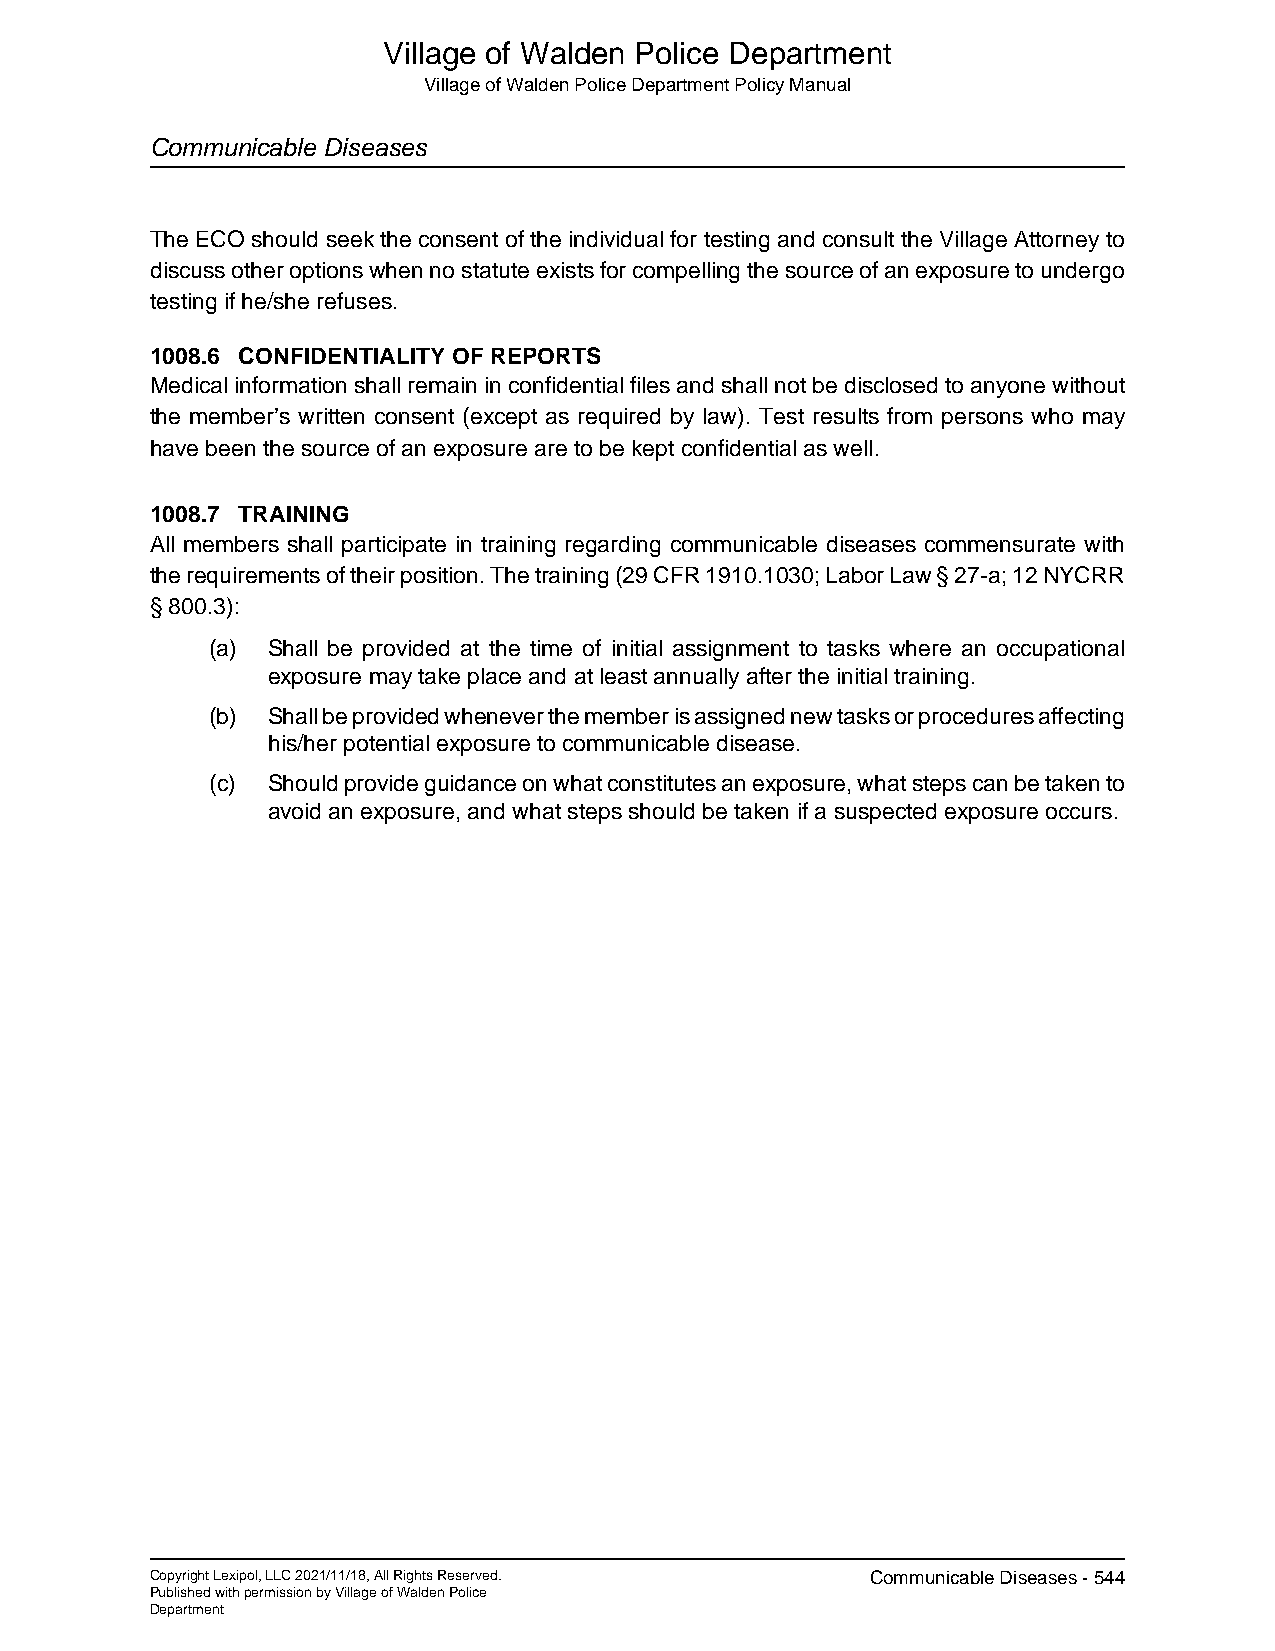
Village of Walden Police Department
 Village of Walden Police Department Policy Manual
 Communicable Diseases
 The ECO should seek the consent of the individual for testing and consult the Village Attorney to
 discuss other options when no statute exists for compelling the source of an exposure to undergo
 testing if he/she refuses.
 1008.6 CONFIDENTIALITY OF REPORTS
 Medical information shall remain in confidential files and shall not be disclosed to anyone without
 the member’s written consent (except as required by law). Test results from persons who may
 have been the source of an exposure are to be kept confidential as well.
 1008.7 TRAINING
 All members shall participate in training regarding communicable diseases commensurate with
 the requirements of their position. The training (29 CFR 1910.1030; Labor Law § 27-a; 12 NYCRR
 § 800.3):
 (a) Shall be provided at the time of initial assignment to tasks where an occupational
 exposure may take place and at least annually after the initial training.
 (b) Shall be provided whenever the member is assigned new tasks or procedures affecting
 his/her potential exposure to communicable disease.
 (c) Should provide guidance on what constitutes an exposure, what steps can be taken to
 avoid an exposure, and what steps should be taken if a suspected exposure occurs.
 Copyright Lexipol, LLC 2021/11/18, All Rights Reserved. Communicable Diseases - 544
 Published with permission by Village of Walden Police
 Department